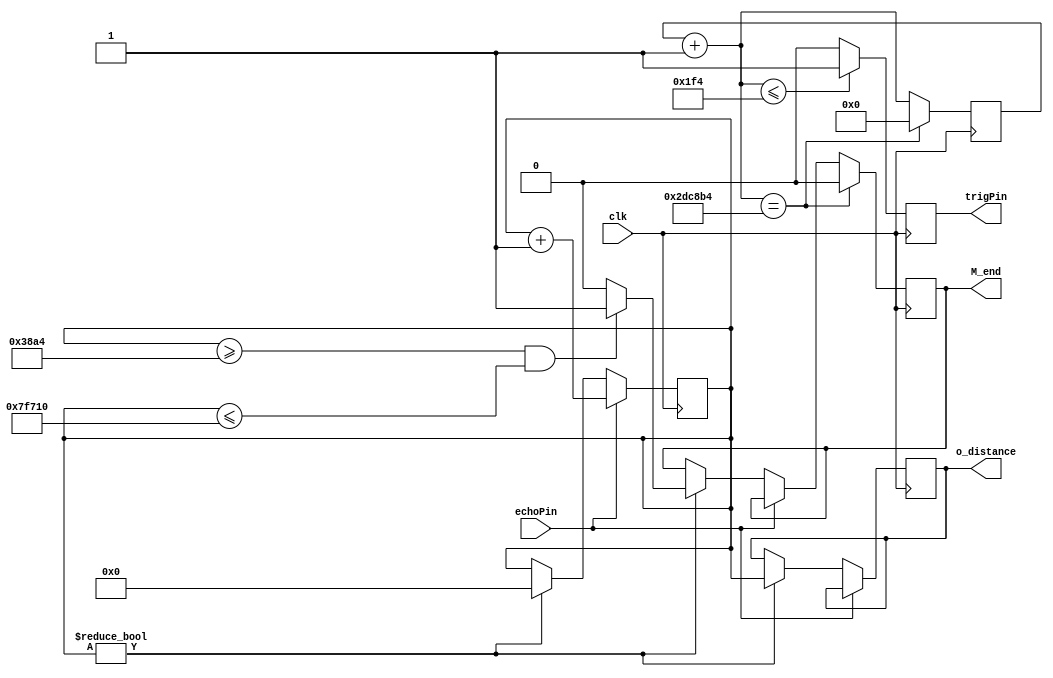
module hcsr04
(
	input  					clk			,
	input  					echoPin		,	//echo pin ultrasoninog senzora
	output reg 				trigPin		,	//triger pin senzora
	output wire [19:0]	o_distance	, 	//udaljenost izracunata na osnovu izmjerenog vremena trajanja impulsa na echo pinu 
	output reg 				M_end				//varijabla kojom se vri "dojava" glavnom modulu da preuzme izraunatu vrijednost 
													//udaljenosti (tranzicija iz 0 u 1)
);

//brzina zvuka = 331.4 + 0.6*temperatura 
//counter_1cm = (2*0.01 / brzina zvuka) * 50 000 000
reg [21:0] 	counter			 =    0; //brojac za mjerenje vremena trajanja HIGH(LOW) level na triger pinu 
reg [19:0]	echoHighCounter =    0;	//brojac za mjerenje trajanja HIGH level-a na echo pinu (daje informaciju o udaljenosti) 	
reg [11:0] 	counter_1cm		 = 2900;	//sirina impulsa na echo pinu ukoliko je izmjerenja udaljenost 1cm
reg [19:0]  distance;


initial begin
	M_end   <= 0;
	trigPin <= 0;
end

always@(posedge clk) 
begin		
	counter = counter + 1;
	if(counter <= 500)
		trigPin <= 1;
	else
		trigPin <= 0;
	
	if(echoPin) 
		echoHighCounter <= echoHighCounter + 1;
	
	else 
	begin
		if(echoHighCounter!=0)
		begin 
			distance = echoHighCounter;
			echoHighCounter <= 0;
		   if(distance >= 5*counter_1cm && distance <= 180*counter_1cm) M_end = 1;	//vrijednosti udaljenosti ispod 5 i iznad 180 cm 
			else M_end = 0;																			//se odbacuju			
		end
	end
	
	if(counter == 3000500) 
	begin
		counter = 0;
		M_end  <= 0;
	end
end

assign o_distance = distance;
endmodule